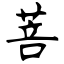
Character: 菩